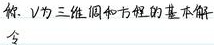
你、$\mathcal{V}$为三维调和方程的基本解